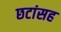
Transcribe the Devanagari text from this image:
छटांसह